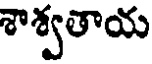
శాశ్వతాయ